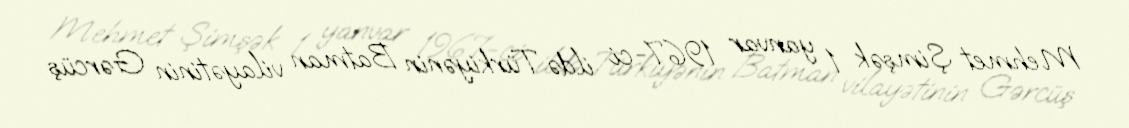
Mehmet Şimşək 1 yanvar 1967-ci ildə Türkiyənin Batman vilayətinin Gərcüş